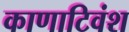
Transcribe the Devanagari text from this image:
काणाटिवंश